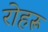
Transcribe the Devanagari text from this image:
रोहरू